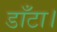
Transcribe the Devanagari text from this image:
डाँटा।